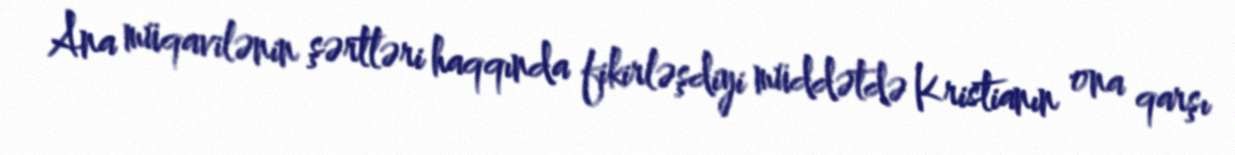
Ana müqavilənin şərtləri haqqında fikirləşdiyi müddətdə Kristianın ona qarşı